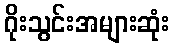
ဂိုးသွင်းအများဆုံး